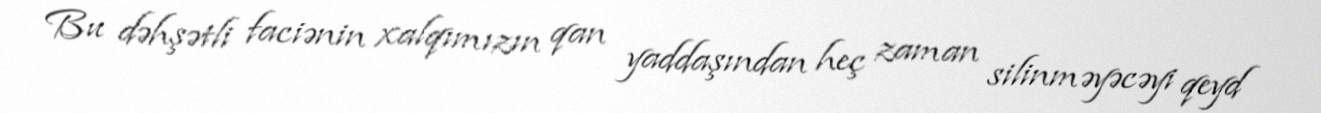
Bu dəhşətli faciənin xalqımızın qan yaddaşından heç zaman silinməyəcəyi qeyd